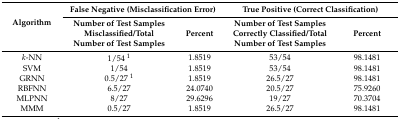
| <ROWSPAN=2> Algorithm | <COLSPAN=2> False Negative (Misclassification Error) | <COLSPAN=2> True Positive (Correct Classification) |
 | Number of Test Samples Misclassified/Total Number of Test Samples | Percent | Number of Test Samples Correctly Classified/Total Number of Test Samples | Percent |
 | --- | --- | --- | --- | --- |
 | k-NN | 1/54 1 | 1.8519 | 53/54 | 98.1481 |
 | SVM | 1/54 | 1.8519 | 53/54 | 98.1481 |
 | GRNN | 0.5/27 1 | 1.8519 | 26.5/27 | 98.1481 |
 | RBFNN | 6.5/27 | 24.0740 | 20.5/27 | 75.9260 |
 | MLPNN | 8/27 | 29.6296 | 19/27 | 70.3704 |
 | MMM | 0.5/27 | 1.8519 | 26.5/27 | 98.1481 |